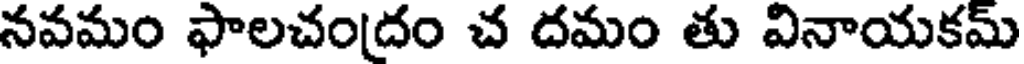
నవమం ఫాలచందం చ దమం తు వినాయకమ్